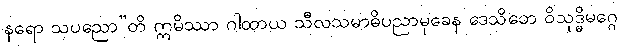
နရော သပညော”တိ ဣမိဿာ ဂါထာယ သီလသမာဓိပညာမုခေန ဒေသိတေ ဝိသုဒ္ဓိမဂ္ဂေ